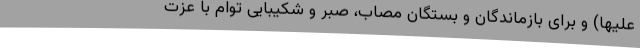
علیها) و برای بازماندگان و بستگان مصاب، صبر و شکیبایی توام با عزت